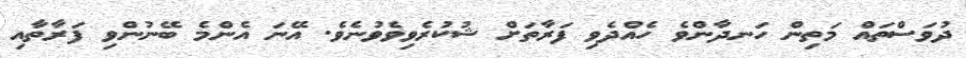
ދުވަސްތައް މަތިން ހަނދާންވެ ހެއްދެވި ފަރާތަށް ޝުކުރެވިވެވުނެވެ. އޭނަ އެންމެ ބޭނުންވި ފަރާތާއި